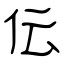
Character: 伝